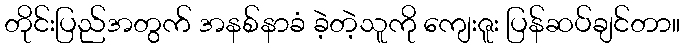
တိုင်းပြည်အတွက် အနစ်နာခံ ခဲ့တဲ့သူကို ကျေးဇူး ပြန်ဆပ်ချင်တာ။